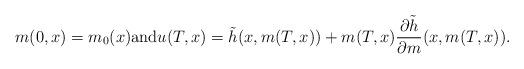
LaTeX: \begin{align*} m(0,x)=m_0(x)\hbox{and}u(T,x) = \tilde h(x, m(T,x)) +m(T,x) \frac{\partial \tilde h} {\partial m} (x, m(T,x) ).\end{align*}